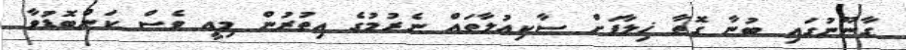
ގާނޫނުގައި ބުނާ ގޮތާ ޚިލާފަށް ސާކިއުލާތައް ނެރުމުގެ އިތުރުން މިއީ ވެސް ކަންބޮޑުވާ